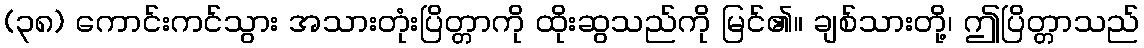
(၃၈) ကောင်းကင်သွား အသားတုံးပြိတ္တာကို ထိုးဆွသည်ကို မြင်၏။ ချစ်သားတို့၊ ဤပြိတ္တာသည်